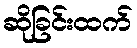
ဆိုခြင်းထက်